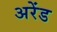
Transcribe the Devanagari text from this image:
अरेंड